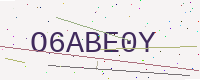
Text: O6ABE0Y